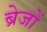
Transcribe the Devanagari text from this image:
ब्रेजों